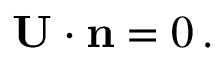
\mathbf { U } \cdot \mathbf { n } = 0 \, .